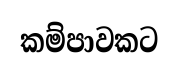
කම්පාවකට